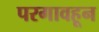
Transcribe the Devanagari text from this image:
परगावहून